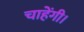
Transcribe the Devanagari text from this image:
चाहेंगी।